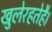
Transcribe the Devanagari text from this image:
खुलेरहतेहै।